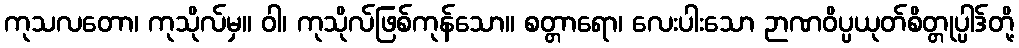
ကုသလတော၊ ကုသိုလ်မှ။ ဝါ၊ ကုသိုလ်ဖြစ်ကုန်သော။ စတ္တာရော၊ လေးပါးသော ဉာဏဝိပ္ပယုတ်စိတ္တုပ္ပါဒ်တို့